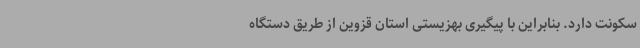
سکونت دارد. بنابراین با پیگیری بهزیستی استان قزوین از طریق دستگاه